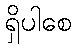
ရှိပါစေ